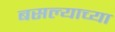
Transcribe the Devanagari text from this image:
बसल्याच्या